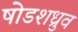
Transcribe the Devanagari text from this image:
षोडशध्रुव